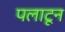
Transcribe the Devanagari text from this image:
पलाटून